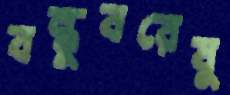
বন্ধুবরেষু